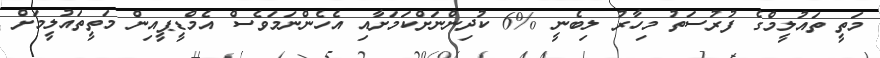
މަތީ ތައުލީމްގެ ފުރުސަތު މިހާރު ލިބެނީ %6 ކުދިންނަށްކަމަށާއި އެހެންނަމަވެސް އެމްޑީޕީއިން މަތީތައުލީމަށް